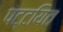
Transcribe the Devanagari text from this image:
पट्टयित